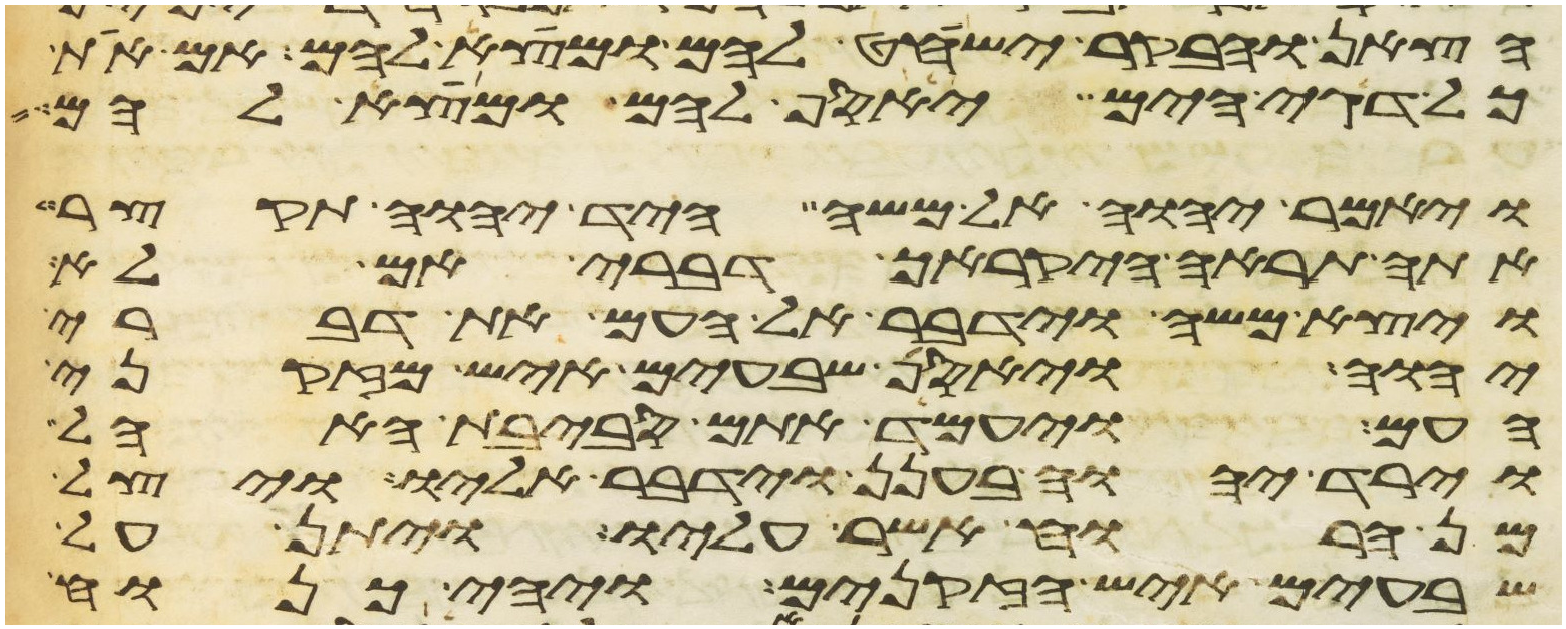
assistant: הצאן והבקר ישחט להם ומצא להם אם את
כל דגי הים יאסף להם ומצא להם
ויאמר יהוה אל משה היד יהוה תקצר
אתה תראה היקרך דברי אם לא
ויצא משה וידבר אל העם את דברי
יהוה ויאסף שבעים איש מזקני
העם ויעמד אתם סביבת האהל
וירד יהוה בענן וידבר אליו ויצל
מן הרוח אשר עליו ויתן על
שבעים איש הזקנים ויהי כנוח